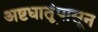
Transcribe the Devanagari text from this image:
अष्टधातूंपासून